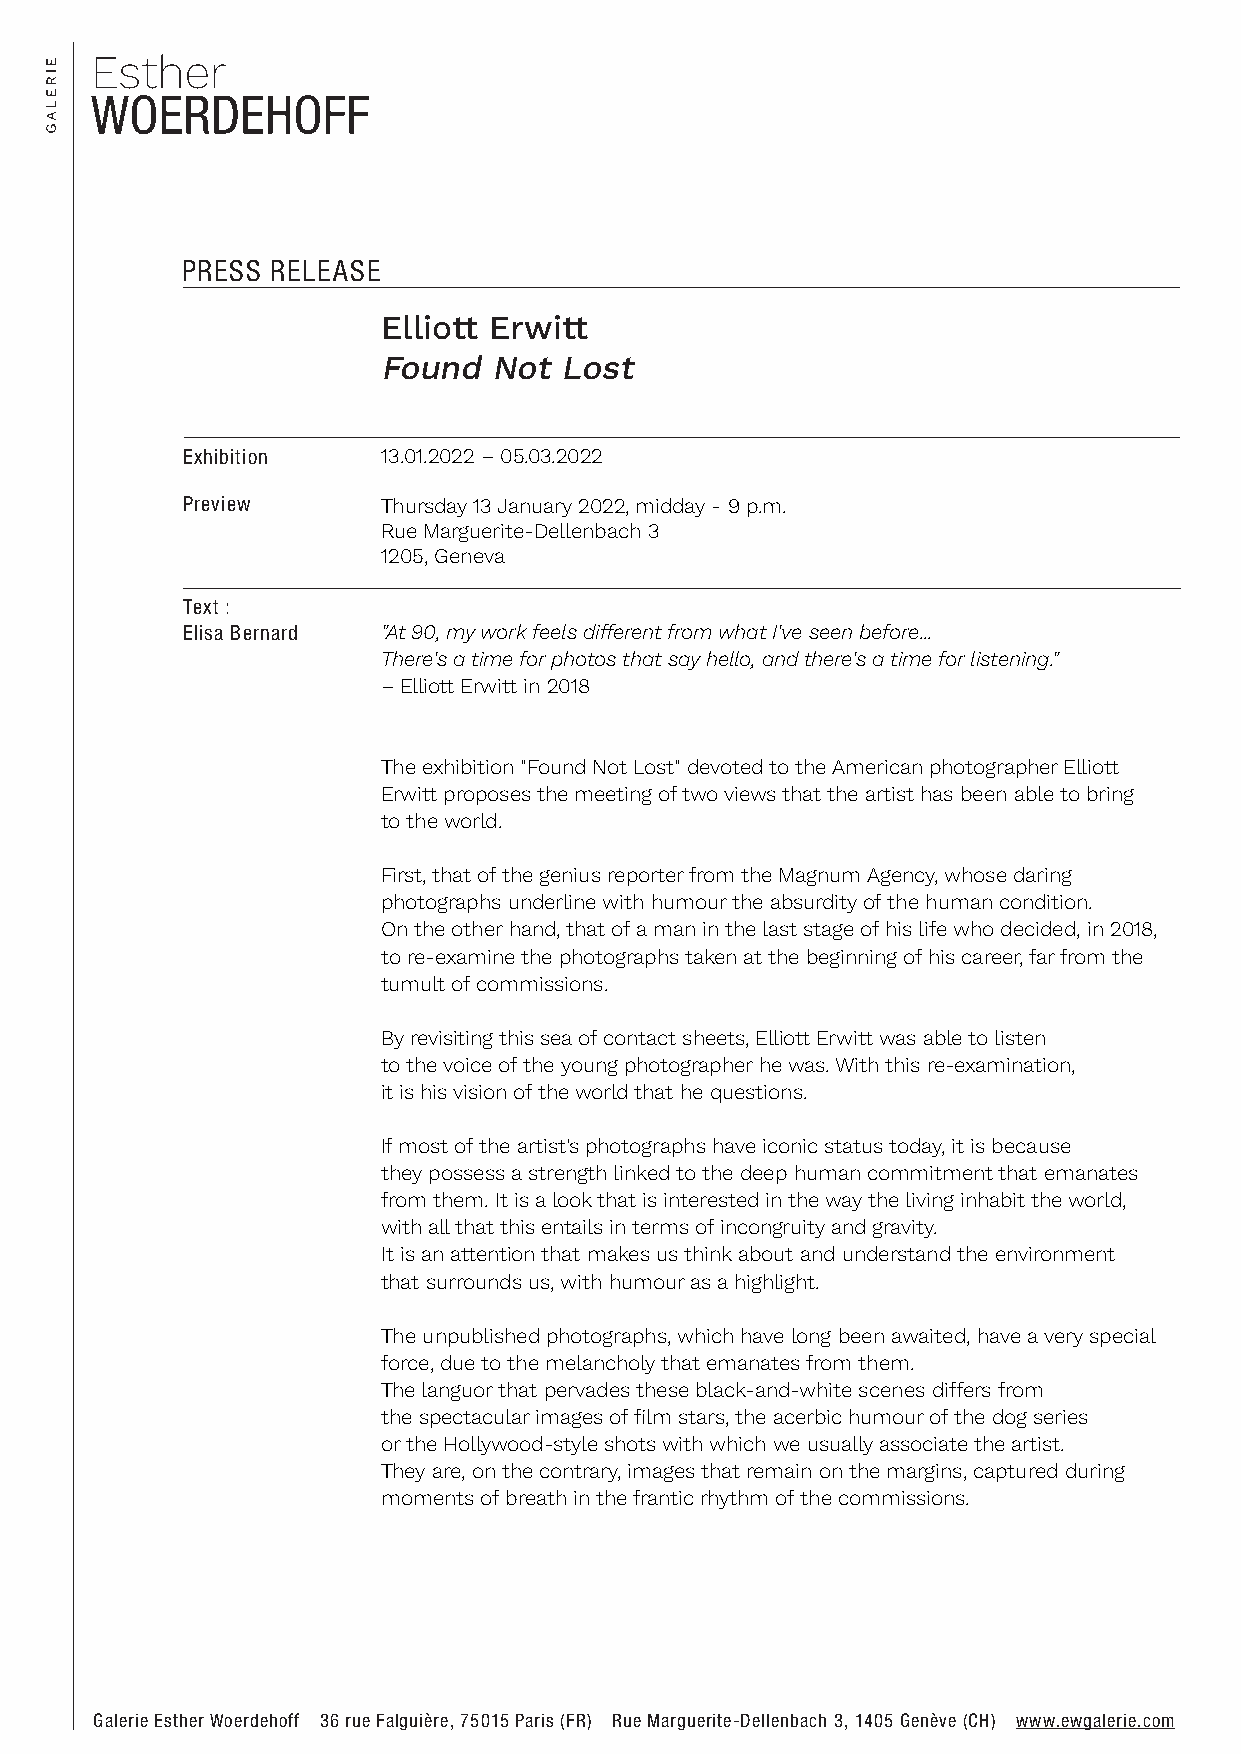
PRESS RELEASE
 Elliott Erwitt
 Found  Not  Lost
 Exhibition   13.01.2022 – 05.03.2022
 Preview      Thursday 13 January 2022, midday - 9 p.m.
 Rue Marguerite-Dellenbach 3
 1205, Geneva
 Text :
 Elisa Bernard "At 90, my work feels different from what I've seen before...
 There's a time for photos that say hello, and there's a time for listening."
 – Elliott Erwitt in 2018
 The exhibition "Found Not Lost" devoted to the American photographer Elliott
 Erwitt proposes the meeting of two views that the artist has been able to bring
 to the world.
 First, that of the genius reporter from the Magnum Agency, whose daring
 photographs underline with humour the absurdity of the human condition.
 On the other hand, that of a man in the last stage of his life who decided, in 2018,
 to re-examine the photographs taken at the beginning of his career, far from the
 tumult of commissions.
 By revisiting this sea of contact sheets, Elliott Erwitt was able to listen
 to the voice of the young photographer he was. With this re-examination,
 it is his vision of the world that he questions.
 If most of the artist's photographs have iconic status today, it is because
 they possess a strength linked to the deep human commitment that emanates
 from them. It is a look that is interested in the way the living inhabit the world,
 with all that this entails in terms of incongruity and gravity.
 It is an attention that makes us think about and understand the environment
 that surrounds us, with humour as a highlight.
 The unpublished photographs, which have long been awaited, have a very special
 force, due to the melancholy that emanates from them.
 The languor that pervades these black-and-white scenes differs from
 the spectacular images of film stars, the acerbic humour of the dog series
 or the Hollywood-style shots with which we usually associate the artist.
 They are, on the contrary, images that remain on the margins, captured during
 moments of breath in the frantic rhythm of the commissions.
 Galerie Esther Woerdehoff 36 rue Falguière, 75015 Paris (FR) Rue Marguerite-Dellenbach 3, 1405 Genève (CH) www.ewgalerie.com